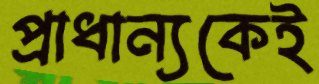
প্রাধান্যকেই